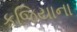
કજિયાના